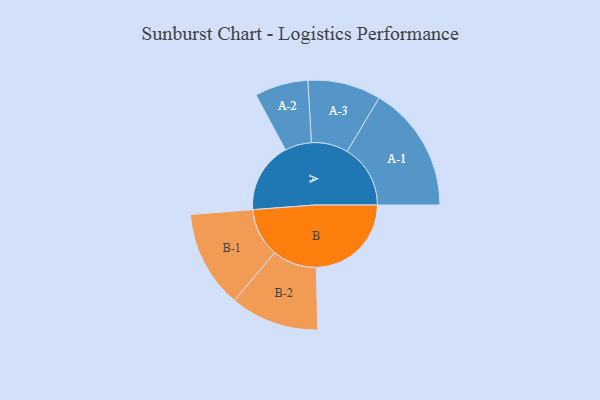
{"axis": {"x": "Segment", "y": "Value"}, "legend": ["", "A", "B"], "data": [{"x": "A", "y": 321, "type": ""}, {"x": "B", "y": 431, "type": ""}, {"x": "A-1", "y": 287, "type": "A"}, {"x": "A-2", "y": 121, "type": "A"}, {"x": "A-3", "y": 166, "type": "A"}, {"x": "B-1", "y": 221, "type": "B"}, {"x": "B-2", "y": 201, "type": "B"}]}